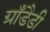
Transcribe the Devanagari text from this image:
ग्राँडैडी